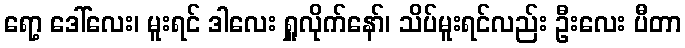
ရော့ ဒေါ်လေး၊ မူးရင် ဒါလေး ရှူလိုက်နော်၊ သိပ်မူးရင်လည်း ဦးလေး ပီတာ